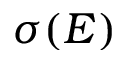
\sigma ( E )